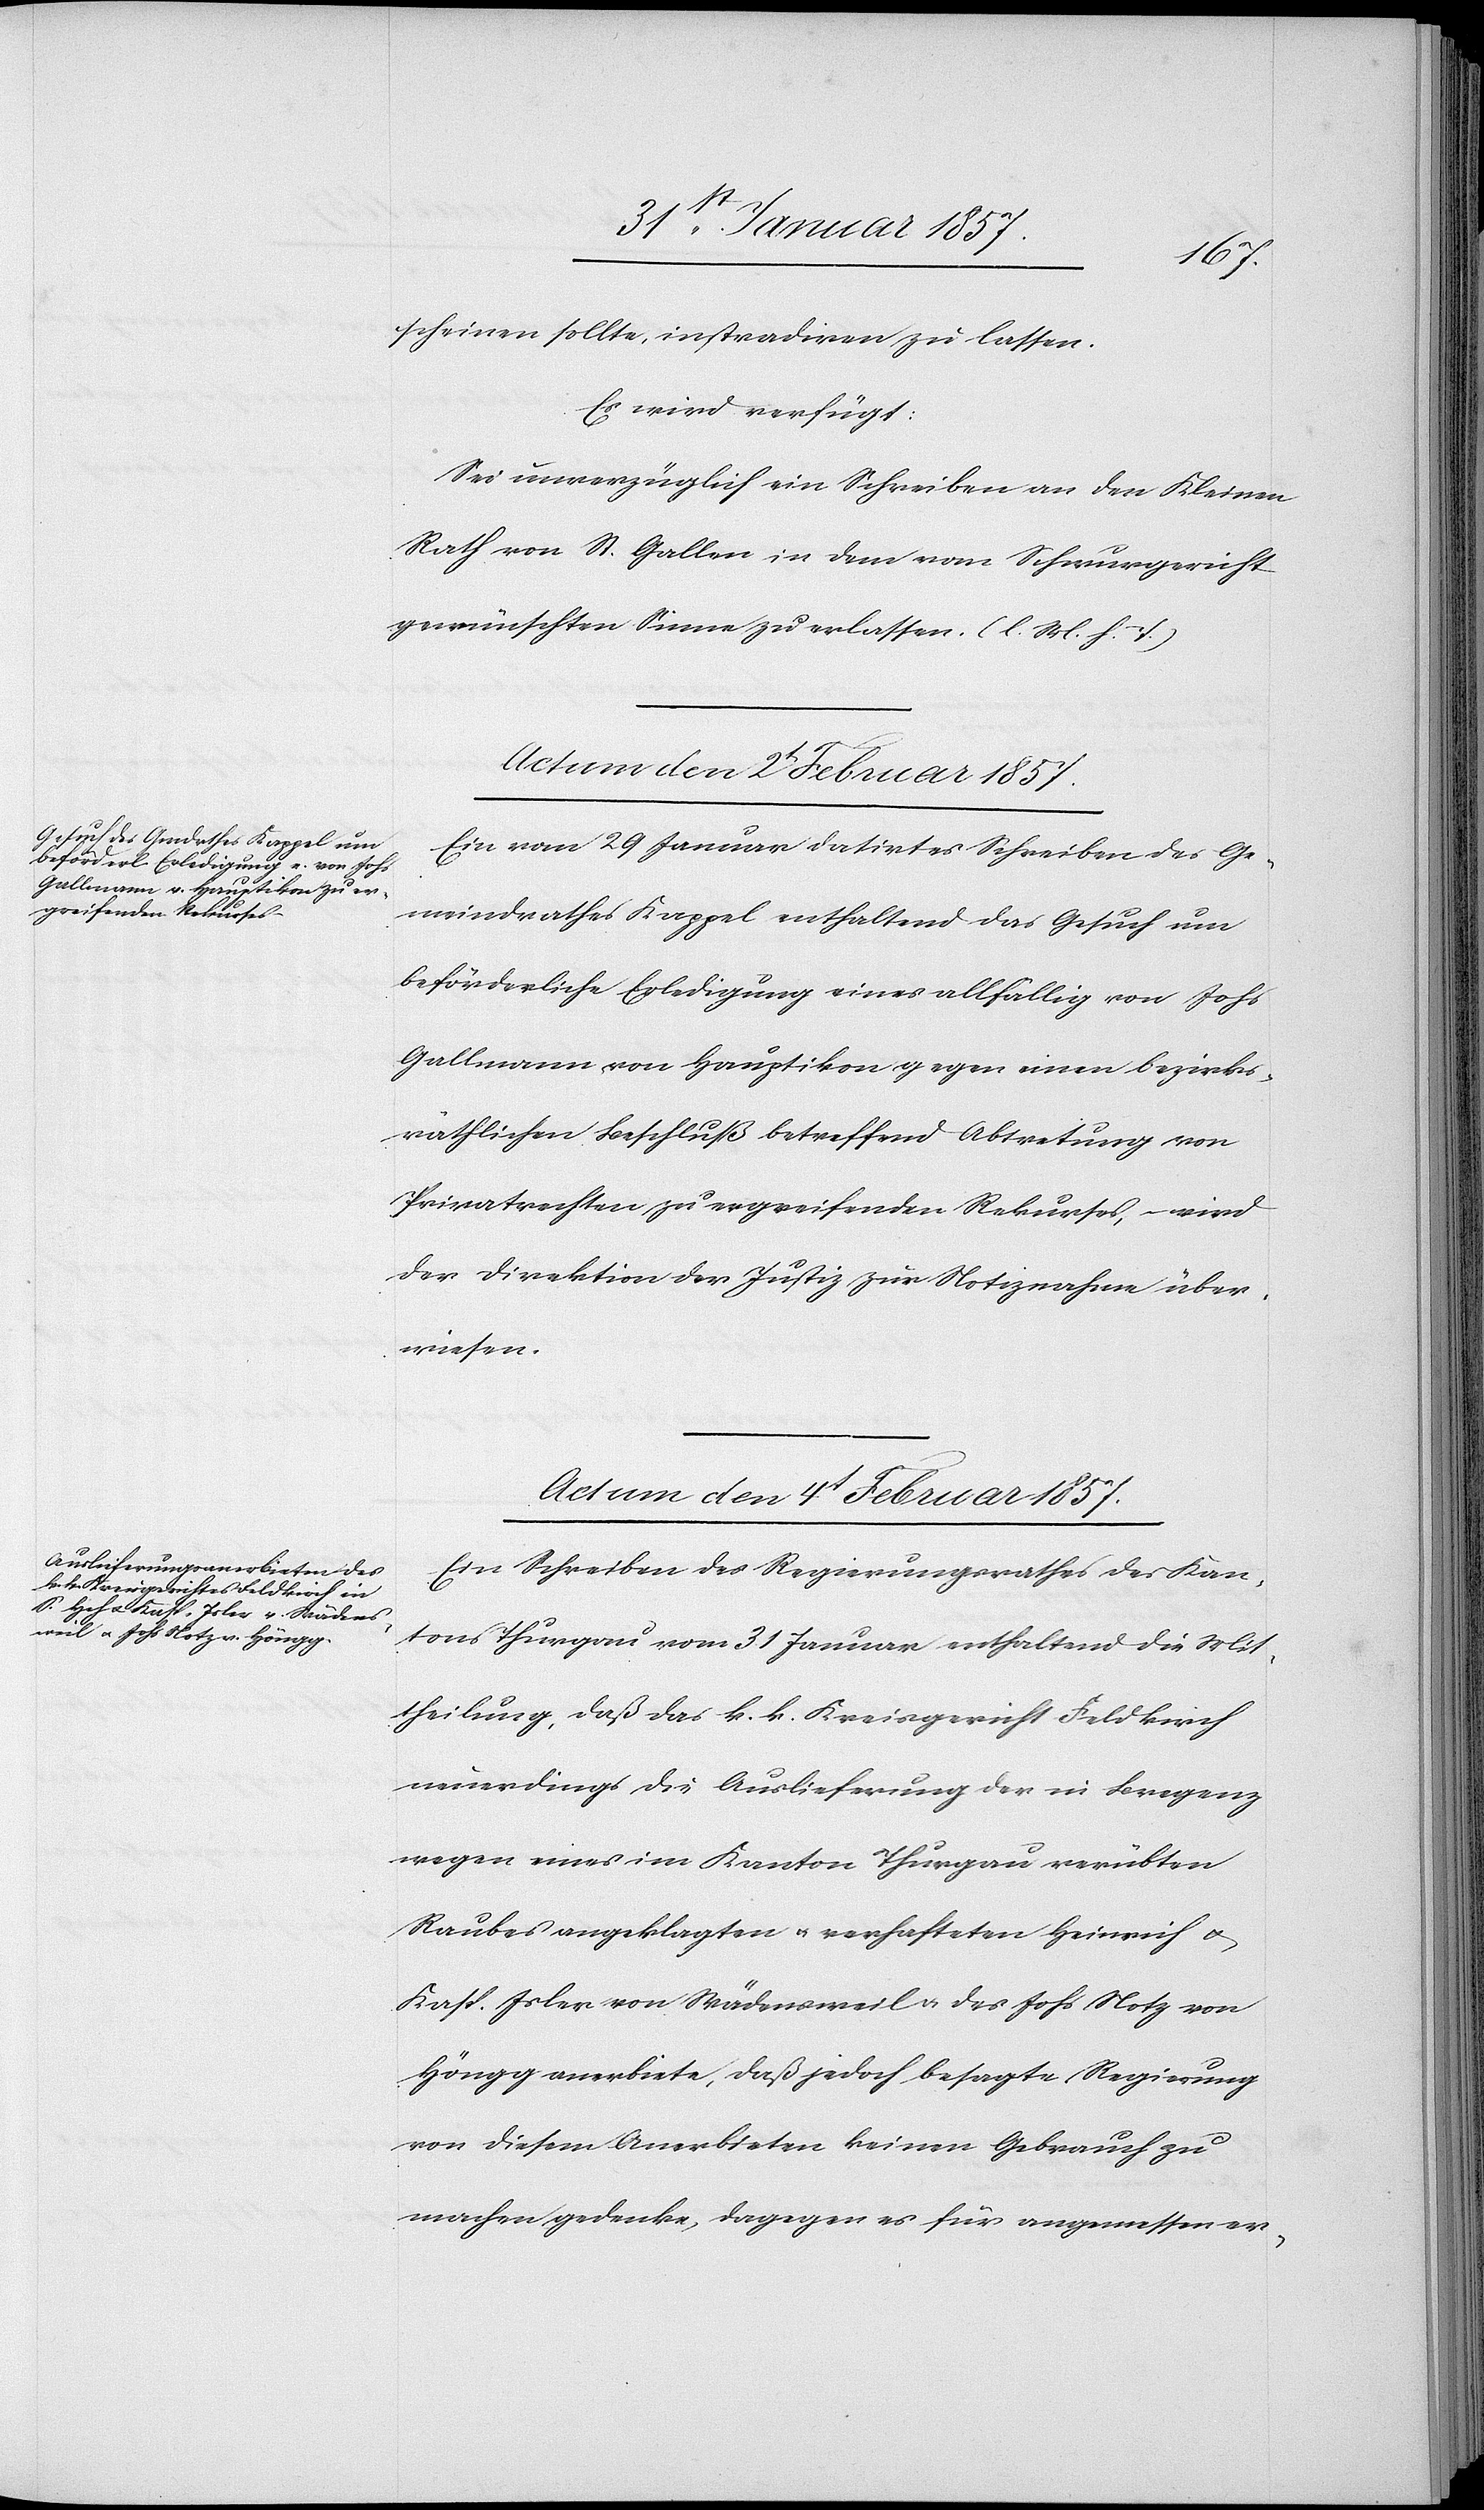
scheinen sollte, instradieren zu lassen.
Es wird verfügt:
Sei unverzüglich ein Schreiben an den Kleinen
Rath St. Gallen in dem vom Schwurgericht
gewünschten Sinne zu erlassen. (l. M. h. T.)
Actum den 2t Februar 1857.
Ein vom 29 Januar datirtes Schreiben des Ge¬
meindrathes Kappel enthaltend das Gesuch um
beförderliche Erledigung eines allfällig von Johs
Gallmann von Hauptikon gegen einen bezirks¬
räthlichen Beschluß betreffend Abtretung von
Privatrechten zu ergreifenden Rekurses, – wird
der Direktion der Justiz zur Notiznahme über¬
wiesen.
Actum den 4t Februar 1857.
Ein Schreiben des Regierungsrathes des Kan¬
tons Thurgau vom 31 Januar enthaltend die Mit¬
theilung, daß das k. k. Kreisgericht Feldkirch
neuerdings die Auslieferung der in Bregenz
wegen eines im Kanton Thurgau verübten
Raubes angeklagten & verhafteten Heinrich &
Kasp. Isler von Wädensweil. & des Johs Notz von
Höngg anerbiete, daß jedoch besagte Regierung
von diesem Anerbieten keinen Gebrauch zu
machen gedenke, dagegen es für angemessen er-